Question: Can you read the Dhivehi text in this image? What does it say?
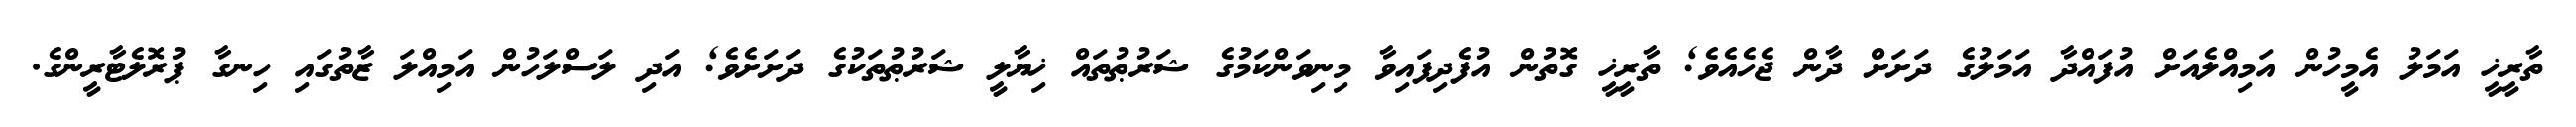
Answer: ތާރީޚީ އަމަލު އެމީހުން އަމިއްލެއަށް އުފައްދާ އަމަލުގެ ދަށަށް ދާން ޖެހެއެވެ; ތާރީޚީ ގޮތުން އުފެދިފައިވާ މިނިވަންކަމުގެ ޝަރުޠުތައް ޚިޔާލީ ޝަރުޠުތަކުގެ ދަށަށެވެ; އަދި ލަސްލަހުން އަމިއްލަ ޒާތުގައި ހިނގާ ޕުރޮލެޓާރީންގެ.